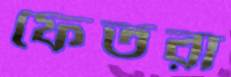
ফেতরা